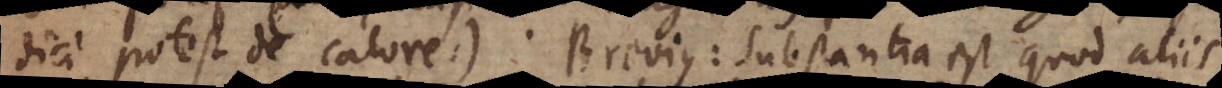
dici potest de calore). Brevius: Substantia est quod aliis